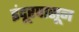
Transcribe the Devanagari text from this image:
इंदूरपासून